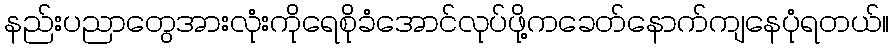
နည်းပညာတွေအားလုံးကိုရေစိုခံအောင်လုပ်ဖို့ကခေတ်နောက်ကျနေပုံရတယ်။